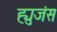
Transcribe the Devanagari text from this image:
ह्युजंस